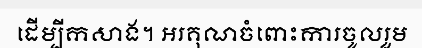
ដើម្បីកសាង។ អរគុណចំពោះការចូលរួម